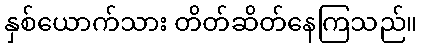
နှစ်ယောက်သား တိတ်ဆိတ်နေကြသည်။